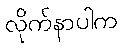
လိုက်နာပါက